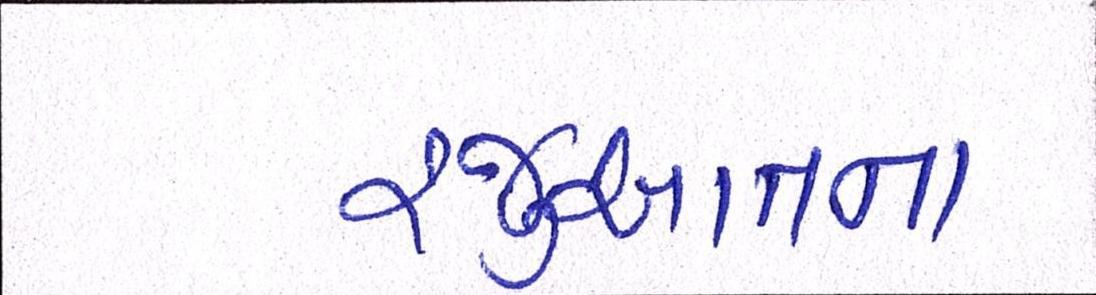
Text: રજુઆતના